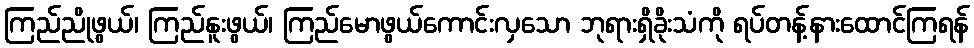
ကြည်ညိုဖွယ်၊ ကြည်နူးဖွယ်၊ ကြည်မောဖွယ်ကောင်းလှသော ဘုရားရှိခိုးသံကို ရပ်တန့်နားထောင်ကြရန်